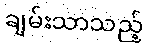
ချမ်းသာသည့်